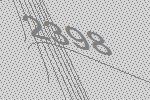
2398